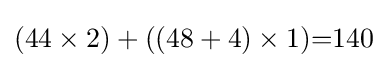
(44\times 2)+((48+4)\times 1){=}140